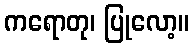
ကရောတု၊ ပြုလော့။